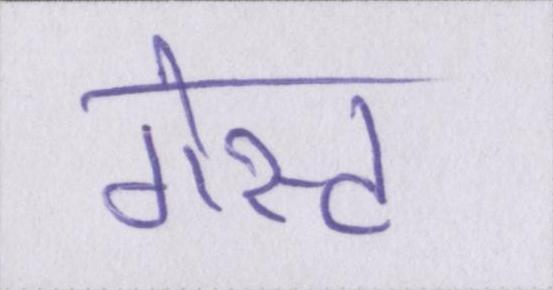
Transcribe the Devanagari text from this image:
गेस्ट